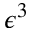
\epsilon ^ { 3 }